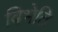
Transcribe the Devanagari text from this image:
बिभेति